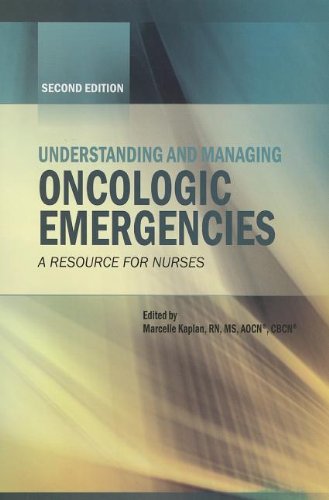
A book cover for Understanding and Managing Oncologic Emergencies: A Resource for Nurses (Second Edition); Marcelle Kaplan; Medical Books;